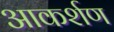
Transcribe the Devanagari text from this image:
आकर्शण